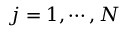
{ j = 1 , \cdots , N }